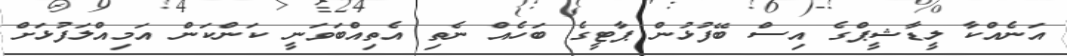
އަނެއްކާ ލީޑާޝީޕްގެ އިސް ބޭފުޅުން ޕާޓީގެ ބަހެއް ނެތި އެތިއްބަވަނީ ކަންކަން އަމިއްލަފުޅަށް